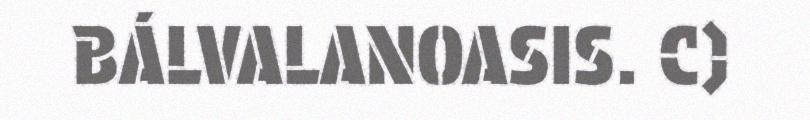
BÁLVALANOASIS. C)